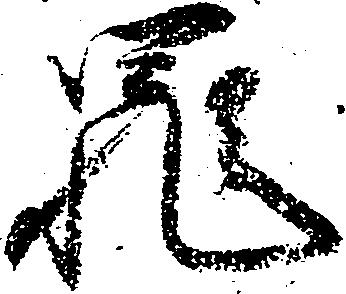
罪